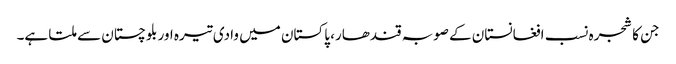
جن کا شجرہ نسب افغانستان کے صوبہ قندھار، پاکستان میں وادی تیرہ اور بلوچستان سے ملتا ہے۔